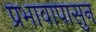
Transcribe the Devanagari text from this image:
प्रभावापासुन